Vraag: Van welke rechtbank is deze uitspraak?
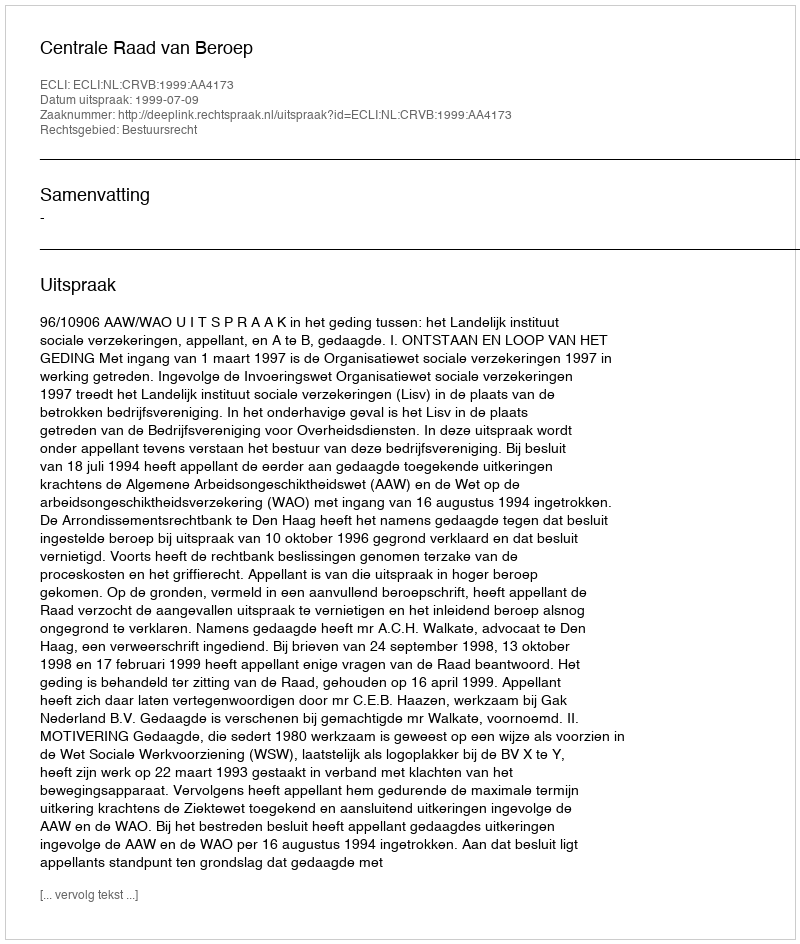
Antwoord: Centrale Raad van Beroep